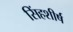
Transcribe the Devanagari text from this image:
सिंहशीर्ष